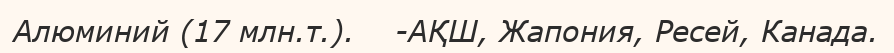
Алюминий (17 млн.т.).    -АҚШ, Жапония, Ресей, Канада.